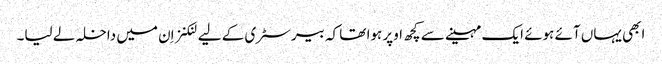
ابھی یہاں آئے ہوئے ایک مہینے سے کچھ اوپر ہوا تھا کہ بیرسٹری کے لیے لنکنز اِن میں داخلہ لے لیا۔